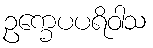
ဥက္ခေပပရိဝါသ